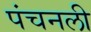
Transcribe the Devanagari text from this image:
पंचनली